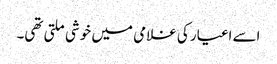
اسے اغیار کی غلامی میں خوشی ملتی تھی۔